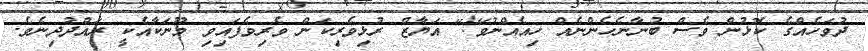
ދުވަހެއްގެ ކޮޅުން ވެސް ބުނާނެހެންނެއް ހިއެއްނުވޭ!" އަޔާޒް ރުޅިވެރިކަން ވެރިވެފައިވި މޫނަކާއެކީ ރައްދުދިނެވެ.